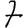
Digit: 7